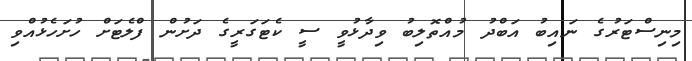
މިނިސްޓަރުގެ ނައިބު އަބްދު މުއްތޮލިބު ވިދާޅުވީ ސީ ކެޓަގަރީގެ ދަށުން ފްލެޓަށް ހުށަހެޅުއްވި